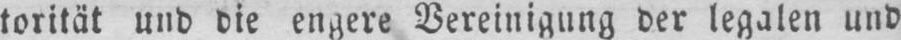
torität und die engere Vereinigung der legalen und